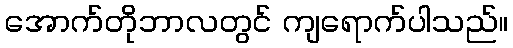
အောက်တိုဘာလတွင် ကျရောက်ပါသည်။